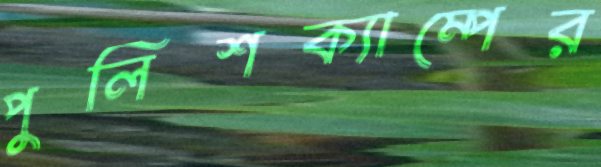
পুলিশক্যাম্পের